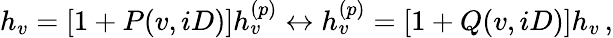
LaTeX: h_{v}=[1+P(v,iD)]h_{v}^{(p)}\leftrightarrow h_{v}^{(p)}=[1+Q(v,iD)]h_{v}\, ,